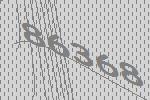
86368